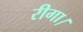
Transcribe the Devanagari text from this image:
रीगा।